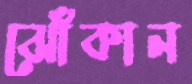
ঝোঁকান